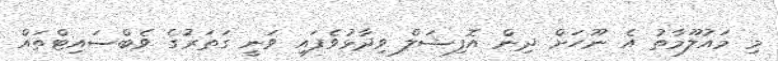
މި މައުލޫމާތު އެ ނޫހަށް ދިން އޮފިޝަލް ވިދާޅުވެފައި ވަނީ ގަތަރުގެ ވެބްސައިޓްތައް